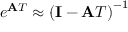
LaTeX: e ^ { \mathbf { A } T } \approx \left( \mathbf { I } - \mathbf { A } T \right) ^ { - 1 }